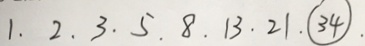
1 . 2 . 3 . 5 . 8 . 1 3 . 2 1 . \textcircled { 3 4 } .